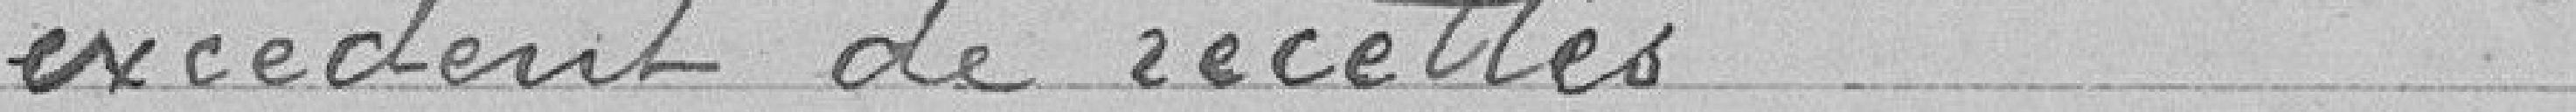
excédant de recettes :